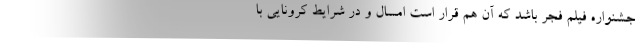
جشنواره فیلم فجر باشد که آن هم قرار است امسال و در شرایط کرونایی با